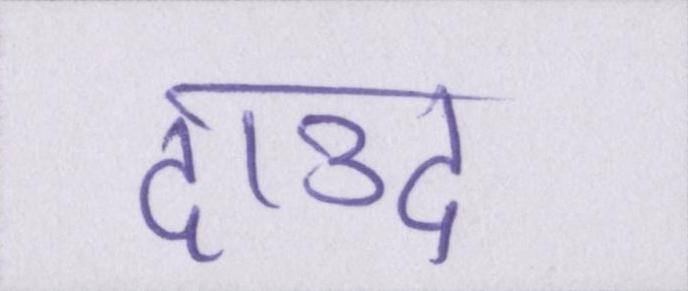
दाउद